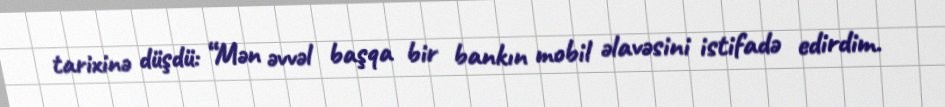
tarixinə düşdü: “Mən əvvəl başqa bir bankın mobil əlavəsini istifadə edirdim.